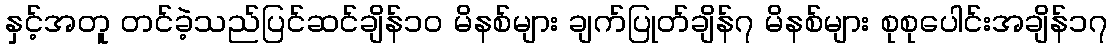
နှင့်အတူ တင်ခဲ့သည်ပြင်ဆင်ချိန်၁၀ မိနစ်များ ချက်ပြုတ်ချိန်၇ မိနစ်များ စုစုပေါင်းအချိန်၁၇